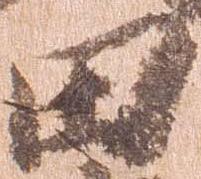
田